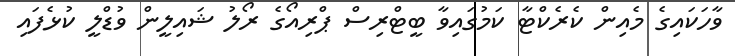
ވާހަކައިގެ މެއިން ކެރެކްޓާ ކަމުގައިވާ ބީޓްރިސް ޕްރިއޯގެ ރޯލު ޝައިލީން ވުޑްލީ ކުޅެފައި